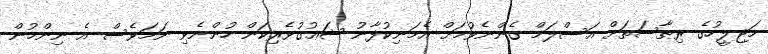
މަޖިލީހުގެ ރިޠާސަތަށް އަސްލަމް ގެންނެވުމަށް އެމަނިކުފާނު ޝަޢުގުވެރިކަން ހުންނެވި ނަމަވެސް އެ ނިންމުން